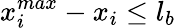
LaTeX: x_{i}^{max}-x_{i}\leq l_{b}